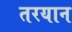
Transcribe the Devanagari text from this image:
तरयान